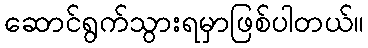
ဆောင်ရွက်သွားရမှာဖြစ်ပါတယ်။